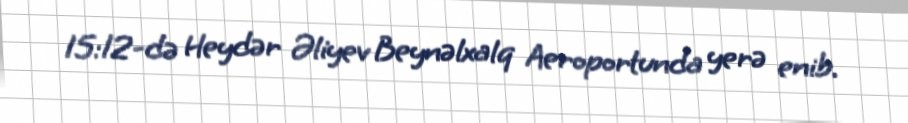
15:12-də Heydər Əliyev Beynəlxalq Aeroportunda yerə enib.